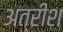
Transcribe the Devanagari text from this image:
अत्रीश